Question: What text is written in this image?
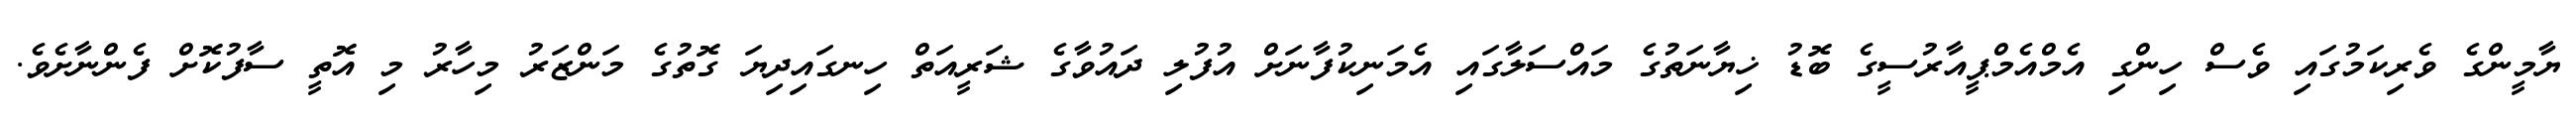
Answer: ޔާމީންގެ ވެރިކަމުގައި ވެސް ހިންގި އެމްއެމްޕީއާރުސީގެ ބޮޑު ޚިޔާނަތުގެ މައްސަލާގައި އެމަނިކުފާނަށް އުފުލި ދައުވާގެ ޝަރީއަތް ހިނގައިދިޔަ ގޮތުގެ މަންޒަރު މިހާރު މި އޮތީ ސާފުކޮށް ފެންނާށެވެ.